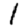
Digit: 1